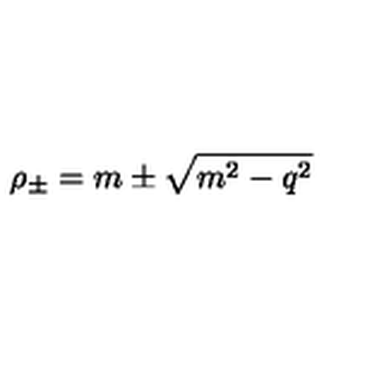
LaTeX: \rho _ { \pm } = m \pm \sqrt { m ^ { 2 } - q ^ { 2 } }